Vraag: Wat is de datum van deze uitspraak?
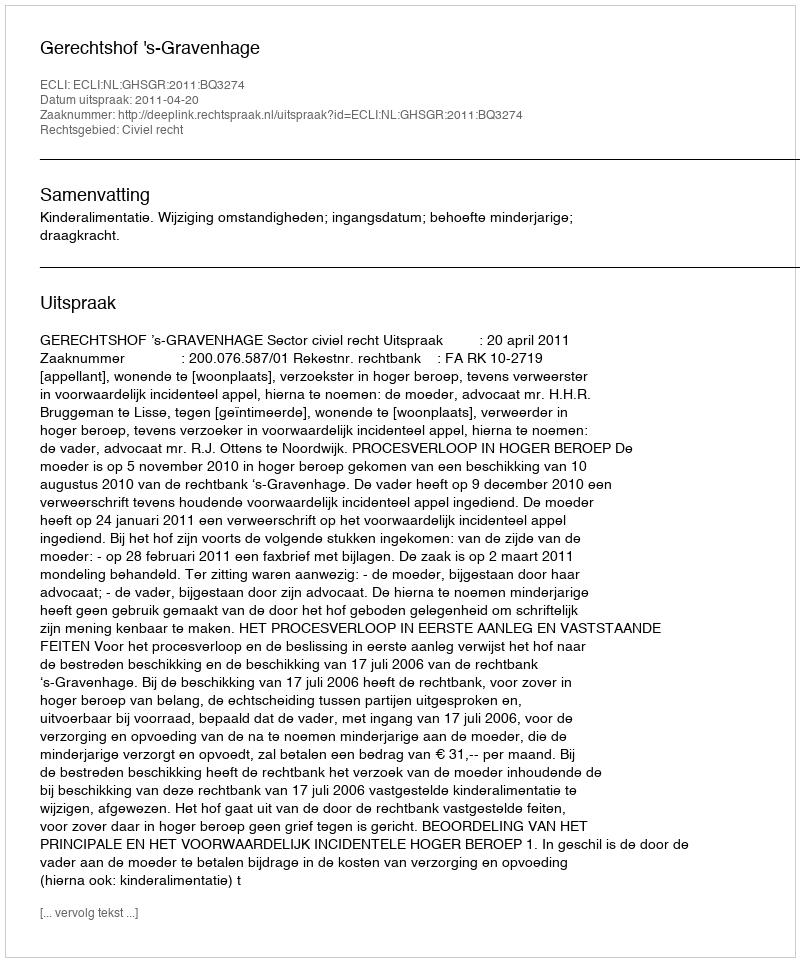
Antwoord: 2011-04-20